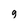
Character: 9